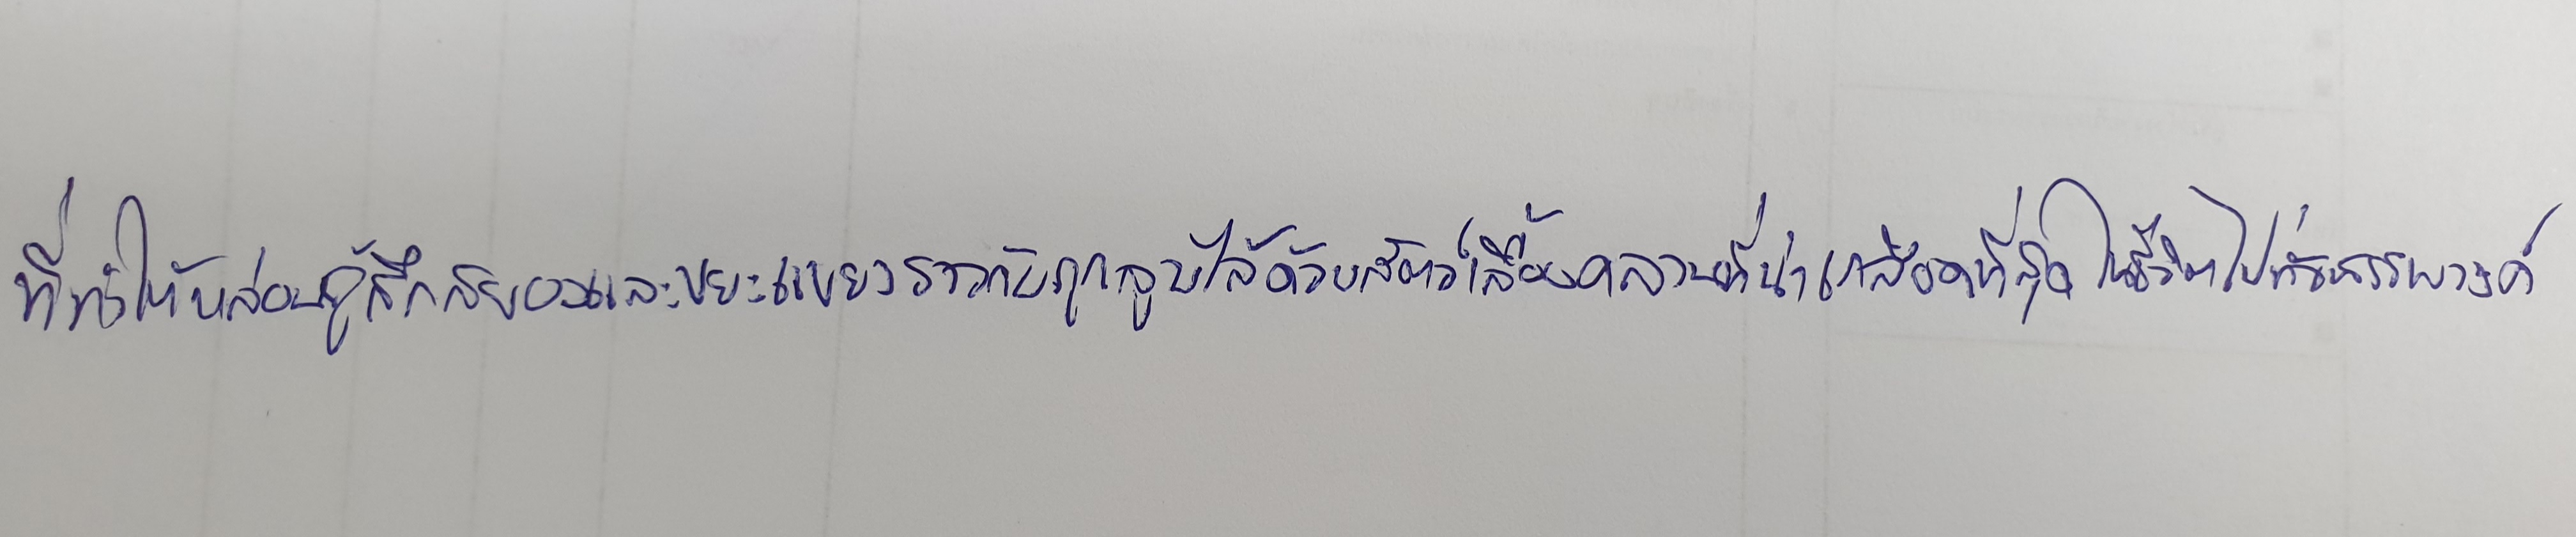
ที่ทำให้หล่อนรู้สึกสยองและขยะแขยงราวกับถูกลูบไล้ด้วยสัตว์เลื้อยคลานที่น่าเกลียดที่สุดในชีวิตไปทั่วสรรพางค์